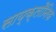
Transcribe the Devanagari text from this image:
साय्क्लौनिक